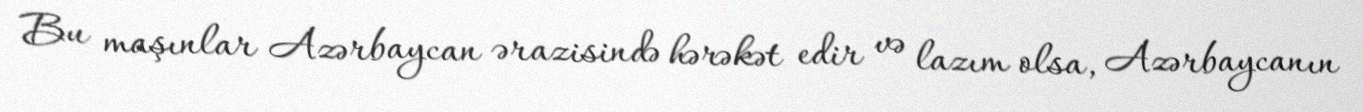
Bu maşınlar Azərbaycan ərazisində hərəkət edir və lazım olsa, Azərbaycanın